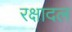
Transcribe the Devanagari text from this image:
रक्षादल